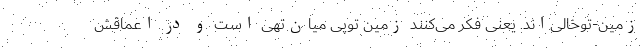
زمین-توخالی‌اند. یعنی فکر می‌کنند زمین توپی میان‌تهی است و در اعماقش